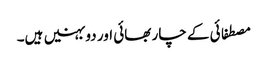
مصطفائی کے چار بھائی اور دو بہنیں ہیں۔